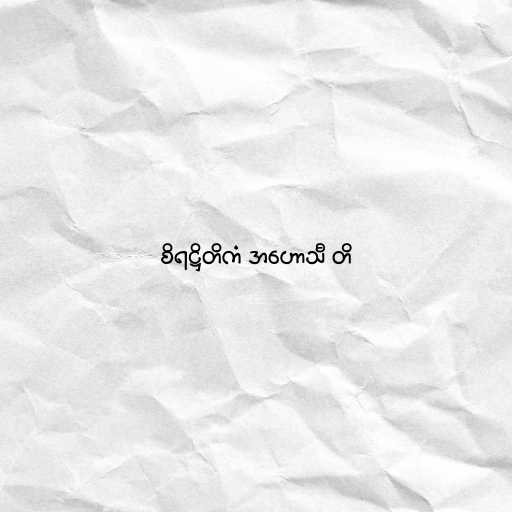
စိရဋ္ဌိတိကံ အဟောသီ တိ